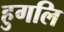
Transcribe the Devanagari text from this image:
हुगलि